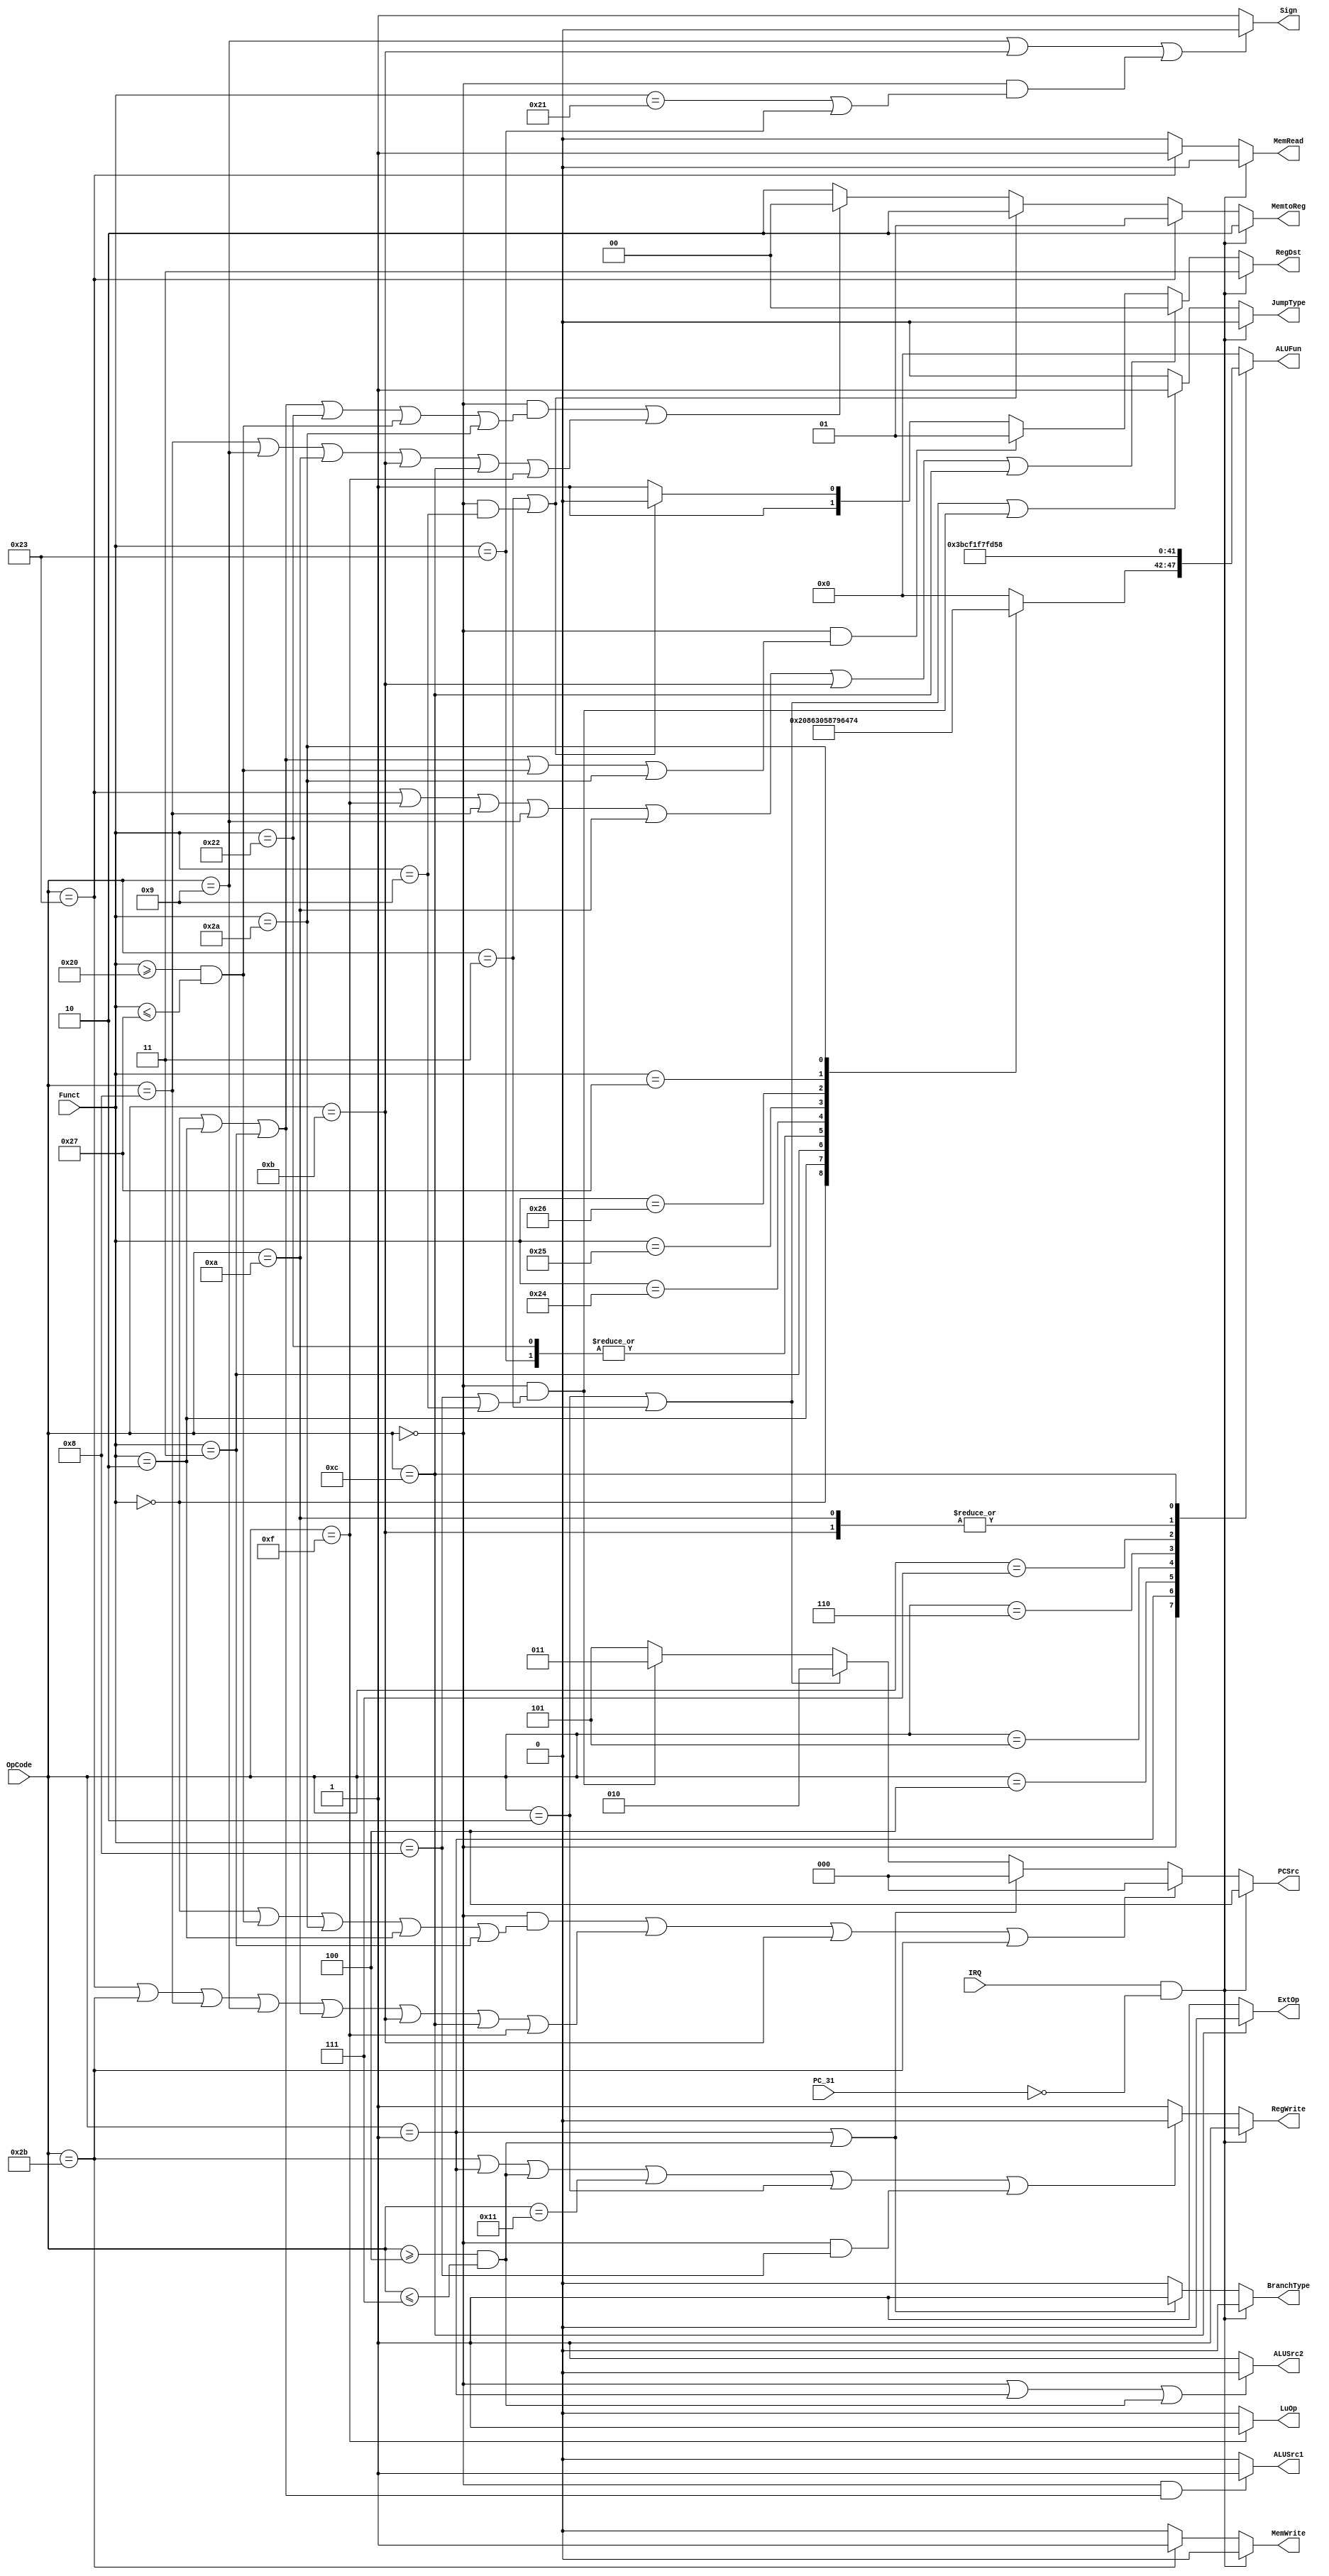

module Control(OpCode, Funct, IRQ, PC_31,
	PCSrc, RegWrite, RegDst, 
	MemRead, MemWrite, MemtoReg, 
	ALUSrc1, ALUSrc2, ExtOp, LuOp, Sign, ALUFun,
	BranchType,JumpType);
	input [5:0] OpCode;
	input [5:0] Funct;
	input IRQ;
	input PC_31;
	output [2:0] PCSrc;
	output RegWrite;
	output [1:0] RegDst;
	output MemRead;
	output MemWrite;
	output [1:0] MemtoReg;
	output ALUSrc1;
	output ALUSrc2;
	output ExtOp;
	output LuOp;
	output Sign;
	output reg [5:0] ALUFun;
	output BranchType;
	output JumpType;
	
	assign PCSrc=(IRQ&&~PC_31)?3'b100:
		(((OpCode==6'h00&&(Funct==6'h00||(Funct>=6'h20&&Funct<=6'h27)||Funct==6'h2a||Funct==6'h02||Funct==6'h03))||
		(OpCode==6'h23||OpCode==6'h2b||OpCode==6'h08||OpCode==6'h09||OpCode==6'h0a||OpCode==6'h0b||OpCode==6'h0c||OpCode==6'h0f))||OpCode==6'hb||OpCode==6'h2b)?3'b000:
		(OpCode==6'h01||(OpCode>=6'h04&&OpCode<=6'h07))?3'b000:						//fix this(different branching logic from single-period)
		(OpCode==6'h02||OpCode==6'h03)?3'b010:
		(OpCode==6'h00&&(Funct==6'h08||Funct==6'h09))?3'b011:3'b101;
		
	assign RegWrite=(IRQ&&~PC_31)?1:
		(OpCode==6'h2b||OpCode==6'h01||(OpCode>=6'h04&&OpCode<=6'h07)||OpCode==6'h11||OpCode==6'h02||(OpCode==6'h00&&Funct==6'h08))?0:1;

	assign RegDst=(IRQ&&~PC_31)?2'b11:
		(OpCode==6'h23||OpCode==6'h0f||OpCode==6'h08||OpCode==6'h09||OpCode==6'h0a||OpCode==6'h0b||OpCode==6'h0c)?2'b00:
		(OpCode==6'h00&&(Funct==6'h00||Funct==6'h02||Funct==6'h03||(Funct>=6'h20&&Funct<=6'h27)||Funct==6'h2a))?2'b01:
		(OpCode==6'h03||(OpCode==6'h00&&Funct==6'h09))?2'b10:2'b11;

	assign MemRead=(IRQ&&~PC_31)?0:(OpCode==6'h23)?1:0;
	
	assign MemWrite=(IRQ&&~PC_31)?0:(OpCode==6'h2b)?1:0;

	assign MemtoReg=(IRQ&&~PC_31)?2'b10:
		(OpCode==6'h23)?2'b01:
		(OpCode==6'h03||OpCode==6'h00&&(Funct==6'h09))?2'b10:
		(OpCode==6'h00&&(Funct==6'h00||Funct==6'h02||Funct==6'h03||Funct==6'h22||(Funct>=6'h20&&Funct<=6'h27)||Funct==6'h2a)||
		(OpCode==6'h08||OpCode==6'h09||OpCode==6'h0a||OpCode==6'h0b||OpCode==6'h0c||OpCode==6'h0f))?2'b00:2'b10;

	assign ALUSrc1=(OpCode==6'h00&&(Funct==6'h00||Funct==6'h02||Funct==6'h03))?1:0;

	assign ALUSrc2=(OpCode==6'h00||OpCode==6'h01||(OpCode>=6'h04&&OpCode<=6'h07))?0:1;

	assign ExtOp=(OpCode==6'h0c)?0:1;

	assign LuOp=(OpCode==6'h0f)? 1:0;

	assign Sign=(OpCode==6'h09||OpCode==6'h0b||OpCode==6'h00&&(Funct==6'h21|Funct==6'h23))?0:1;
	
	assign BranchType=(IRQ&&~PC_31)?0:(OpCode==6'h01||(OpCode>=6'h04&&OpCode<=6'h07))?1:0;
	
	assign JumpType=(IRQ&&~PC_31)?0:((OpCode==6'h02||OpCode==6'h03)||(OpCode==6'h00&&(Funct==6'h08||Funct==6'h09)))?1:0;
	
	parameter aluADD = 6'b000000;
	parameter aluSUB = 6'b000001;
	parameter aluAND = 6'b011000;
	parameter aluOR  = 6'b011110;
	parameter aluXOR = 6'b010110;
	parameter aluNOR = 6'b010001;
	parameter aluA   = 6'b011010;
	parameter aluSLL = 6'b100000;
	parameter aluSRL = 6'b100001;
	parameter aluSRA = 6'b100011;
	parameter aluEQ  = 6'b110011;
	parameter aluNEQ = 6'b110001;
	parameter aluLT  = 6'b110101;
	parameter aluLEZ = 6'b111101;
	parameter aluLTZ = 6'b111011;
	parameter aluGTZ = 6'b111111;
	
	reg [5:0] aluFunct;
	always @(*)
		case (Funct[5:0])
			6'b00_0000: aluFunct <= aluSLL;
			6'b00_0010: aluFunct <= aluSRL;
			6'b00_0011: aluFunct <= aluSRA;
			6'b10_0000: aluFunct <= aluADD;
			6'b10_0001: aluFunct <= aluADD;
			6'b10_0010: aluFunct <= aluSUB;
			6'b10_0011: aluFunct <= aluSUB;
			6'b10_0100: aluFunct <= aluAND;
			6'b10_0101: aluFunct <= aluOR;
			6'b10_0110: aluFunct <= aluXOR;
			6'b10_0111: aluFunct <= aluNOR;
			6'b10_1010: aluFunct <= aluLT;
			default: 	aluFunct <= aluADD;
		endcase
	
	always @(*)
		case (OpCode[5:0])
			6'b00_0000: ALUFun <= aluFunct;
			6'b00_0001: ALUFun <= aluLTZ;
			6'b00_0100: ALUFun <= aluEQ;
			6'b00_0101: ALUFun <= aluNEQ;
			6'b00_0110: ALUFun <= aluLEZ;
			6'b00_0111: ALUFun <= aluGTZ;
			6'b00_1000: ALUFun <= aluADD;
			6'b00_1001: ALUFun <= aluADD;
			6'b00_1010: ALUFun <= aluLT;
			6'b00_1011: ALUFun <= aluLT;
			6'b00_1100: ALUFun <= aluAND;
			6'b00_1111: ALUFun <= aluADD;
			default:    ALUFun <= aluADD;
		endcase
	
endmodule